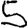
Digit: 5